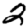
Digit: 2